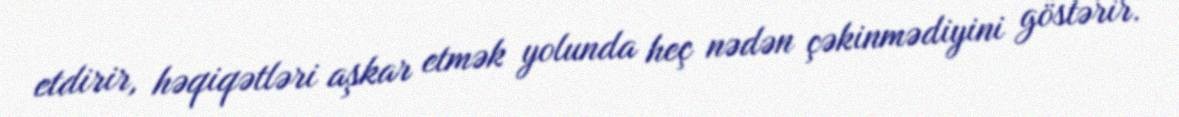
etdirir, həqiqətləri aşkar etmək yolunda heç nədən çəkinmədiyini göstərir.